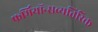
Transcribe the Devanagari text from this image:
फर्मियॉन्सव्यतिरिक्त